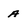
Character: a